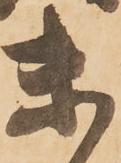
未